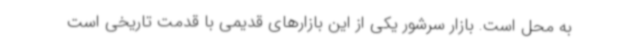
به محل است. بازار سرشور یکی از این بازارهای قدیمی با قدمت تاریخی است